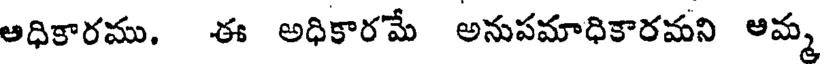
అధికారము, ఈ అధికారమే అనుపమాధికారమని అమ్మ